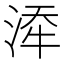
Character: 𪶍